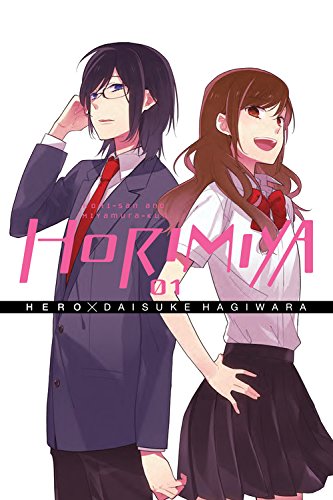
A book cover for Horimiya, Vol. 1; HERO; Comics & Graphic Novels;